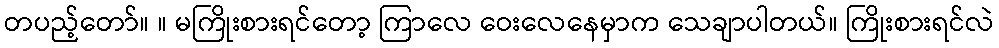
တပည့်တော်။ ။ မကြိုးစားရင်တော့ ကြာလေ ဝေးလေနေမှာက သေချာပါတယ်။ ကြိုးစားရင်လဲ